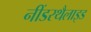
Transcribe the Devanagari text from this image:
नींडरथैलाइड